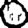
Digit: 0